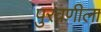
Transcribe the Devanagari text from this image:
पुरवणीला